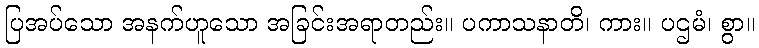
ပြအပ်သော အနက်ဟူသော အခြင်းအရာတည်း။ ပကာသနာတိ၊ ကား။ ပဌမံ၊ စွာ။